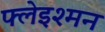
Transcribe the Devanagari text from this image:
फ्लेइश्मन